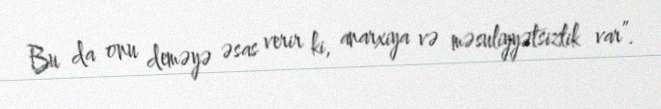
Bu da onu deməyə əsas verir ki, anarxiya və məsuliyyətsizlik var”.